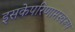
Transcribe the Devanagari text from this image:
इसकेपरिणामस्वरूप